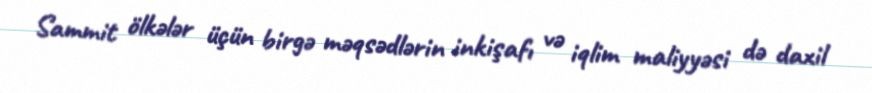
Sammit ölkələr üçün birgə məqsədlərin inkişafı və iqlim maliyyəsi də daxil